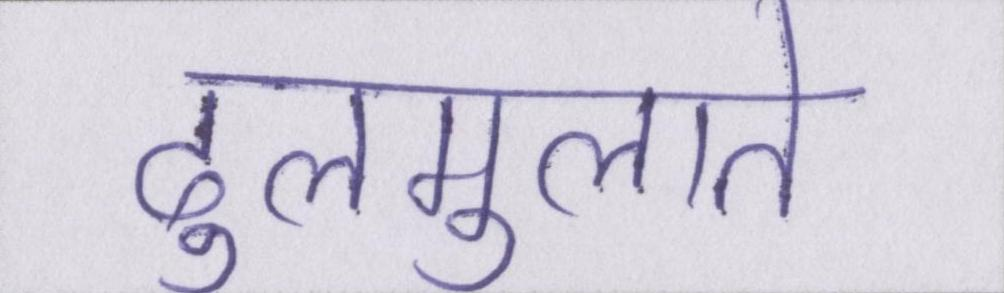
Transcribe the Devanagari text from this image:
ढुलमुलाते